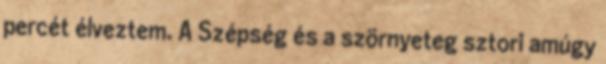
percét élveztem. A Szépség és a szörnyeteg sztori amúgy